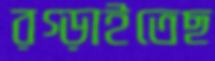
রগ্‌ড়াইতেছ